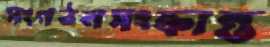
সংগঠনসংক্রান্ত